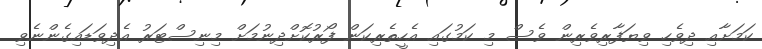
ކަމަށާއި ދިވެހި ވިޔަފާރިވެރިން ވެސް މި ކަމުގައި އެހީތެރިކަން ފޯރުކޮށްދިނުމަށް މިނިސްޓަރު އެދިވަޑައިގެންނެވި